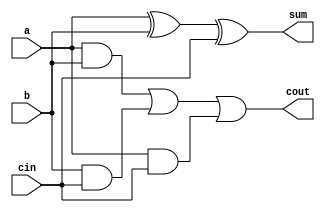
// 1  - 
module full_adder2(a,b,cin,sum,cout);
input a,b,cin;
output sum,cout;
assign sum = a ^ b ^ cin;
assign cout = (a & b) | (b & cin) | (a & cin);
endmodule